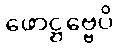
ဖောဋ္ဌဗ္ဗေပိ